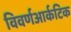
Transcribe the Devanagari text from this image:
विवर्णआर्कटिक